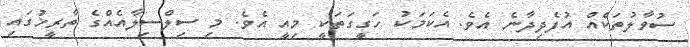
ސުވާލުތަކެއް އުފެދިދާނެ އެވެ. އެކަމަކު ހަގީގަތަކީ މިއީ އެވެ. މި ސިލްސިލާއެއްގެ ތާރީޚުގައި